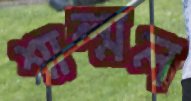
শাল্মল